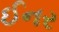
ઈનર